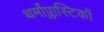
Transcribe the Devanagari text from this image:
थर्मोप्लास्टिकों